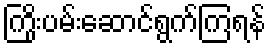
ကြိုးပမ်းဆောင်ရွက်ကြရန်